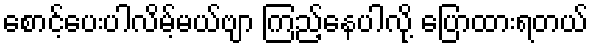
စောင့်ပေးပါလိမ့်မယ်ဗျာ ကြည့်နေပါလို့ ပြောထားရတယ်